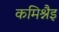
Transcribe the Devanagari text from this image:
कमिश्नैइ